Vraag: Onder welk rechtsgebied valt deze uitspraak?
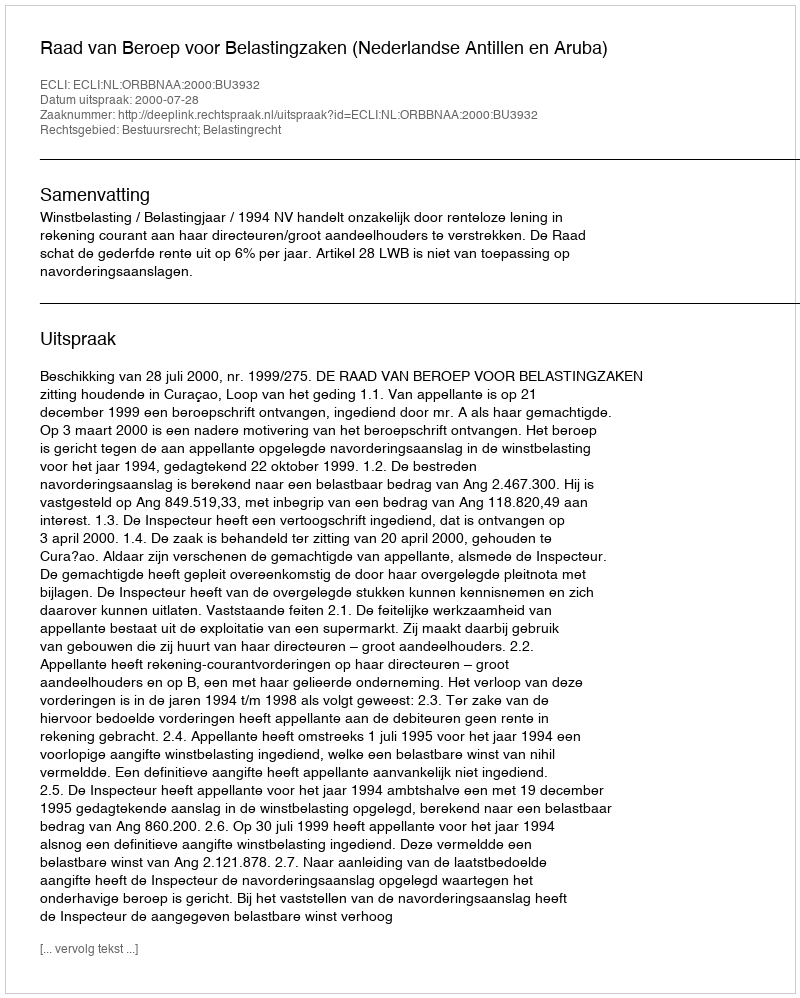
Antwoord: Bestuursrecht; Belastingrecht